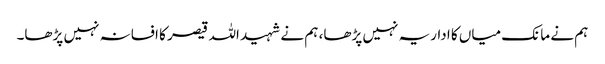
ہم نے مانک میاں کا اداریہ نہیں پڑھا، ہم نے شہید اللہ قیصر کا افسانہ نہیں پڑھا۔